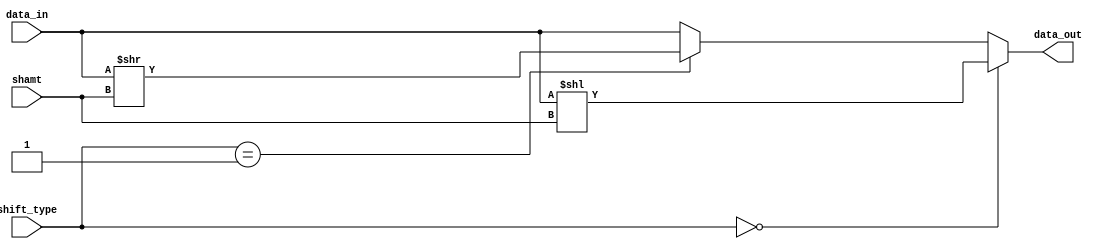
module barrel_shifter (
	data_in, 
	shift_type, 
	shamt, 
	data_out
); 
	input [31:0]data_in; 
	input [4:0]shamt; 
	input [1:0]shift_type; 
	output reg [31:0] data_out; 

	always @(*) begin 
		if (shift_type == 2'b00) data_out <= data_in << shamt; // select 00 for left shift
		else if (shift_type == 2'b01) data_out <= data_in >> shamt; // 01 for right shift 
		else if (shift_type == 2'b10) data_out <= data_in; // do nothing 
		else data_out <= data_in; // do nothing 
	end 
	
endmodule